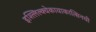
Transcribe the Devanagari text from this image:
इश्त्लिल्क्वेकावाकात्सिनची